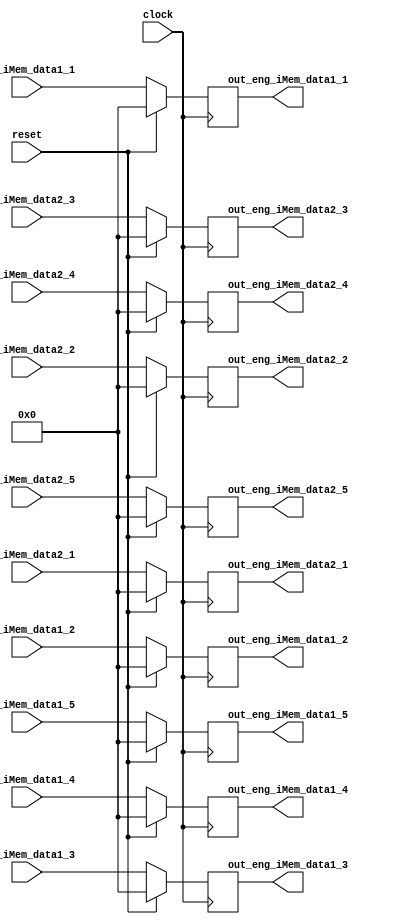
//`timescale 1ns/10ps
module Engine (clock, reset, 
	    eng_iMem_data1_1 ,eng_iMem_data1_2 ,eng_iMem_data1_3 ,
           eng_iMem_data1_4 ,eng_iMem_data1_5 ,
	    eng_iMem_data2_1 ,eng_iMem_data2_2 ,eng_iMem_data2_3 ,
           eng_iMem_data2_4 ,eng_iMem_data2_5, 
	 	out_eng_iMem_data1_1,out_eng_iMem_data1_2,out_eng_iMem_data1_3,
                        out_eng_iMem_data1_4,out_eng_iMem_data1_5,
	 	out_eng_iMem_data2_1,out_eng_iMem_data2_2,out_eng_iMem_data2_3,
                        out_eng_iMem_data2_4,out_eng_iMem_data2_5
		);


	input 			clock;
	input				reset; 
	input 	[47:0] 	eng_iMem_data1_1,eng_iMem_data1_2,eng_iMem_data1_3,
                        eng_iMem_data1_4,eng_iMem_data1_5;
	input 	[47:0] 	eng_iMem_data2_1,eng_iMem_data2_2,eng_iMem_data2_3,
                        eng_iMem_data2_4,eng_iMem_data2_5;

	output 	[47:0] 	out_eng_iMem_data1_1,out_eng_iMem_data1_2,out_eng_iMem_data1_3,
                        out_eng_iMem_data1_4,out_eng_iMem_data1_5;
	output 	[47:0] 	out_eng_iMem_data2_1,out_eng_iMem_data2_2,out_eng_iMem_data2_3,
                        out_eng_iMem_data2_4,out_eng_iMem_data2_5;

	reg [47:0] 	out_eng_iMem_data1_1,out_eng_iMem_data1_2,out_eng_iMem_data1_3,
                        out_eng_iMem_data1_4,out_eng_iMem_data1_5;
	reg [47:0] 	out_eng_iMem_data2_1,out_eng_iMem_data2_2,out_eng_iMem_data2_3,
                        out_eng_iMem_data2_4,out_eng_iMem_data2_5;

// Flip-flops


	// Note the following code.  It is a direct and ugly description
	// of a demux.  But being direct, it is likely to yield smaller
	// logic than a more elegant version
	
	always@(posedge clock) begin
		if (reset) begin 
         out_eng_iMem_data1_1 <= 0; 
         out_eng_iMem_data1_2 <= 0; 
         out_eng_iMem_data1_3 <= 0; 
         out_eng_iMem_data1_4 <= 0; 
         out_eng_iMem_data1_5 <= 0; 
         out_eng_iMem_data2_1 <= 0; 
         out_eng_iMem_data2_2 <= 0; 
         out_eng_iMem_data2_3 <= 0; 
         out_eng_iMem_data2_4 <= 0; 
         out_eng_iMem_data2_5 <= 0; 
		end
		else begin
         out_eng_iMem_data1_1 <= eng_iMem_data1_1; 
         out_eng_iMem_data1_2 <= eng_iMem_data1_2; 
         out_eng_iMem_data1_3 <= eng_iMem_data1_3; 
         out_eng_iMem_data1_4 <= eng_iMem_data1_4; 
         out_eng_iMem_data1_5 <= eng_iMem_data1_5; 
         out_eng_iMem_data2_1 <= eng_iMem_data2_1; 
         out_eng_iMem_data2_2 <= eng_iMem_data2_2; 
         out_eng_iMem_data2_3 <= eng_iMem_data2_3; 
         out_eng_iMem_data2_4 <= eng_iMem_data2_4; 
         out_eng_iMem_data2_5 <= eng_iMem_data2_5; 
	  	end
	end
	 
endmodule